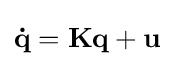
\mathbf {\dot {q}} =\mathbf {Kq} +\mathbf {u}